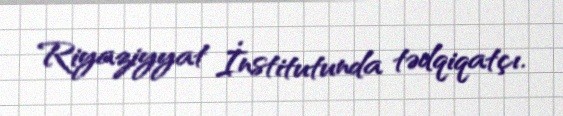
Riyaziyyat İnstitutunda tədqiqatçı.